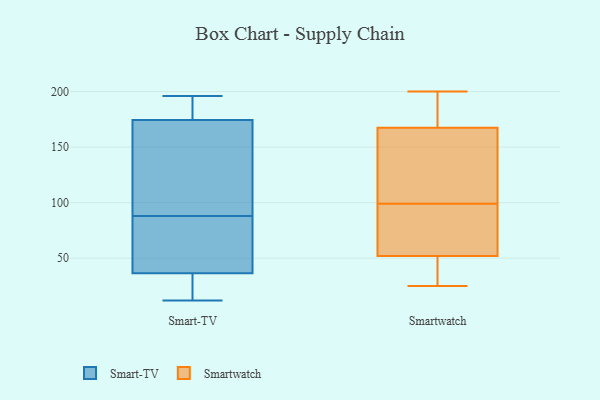
{"axis": {"x": "LTV (USD)", "y": "Value"}, "legend": ["Smart-TV", "Smartwatch"], "data": [{"x": "", "y": 182, "type": "Smart-TV"}, {"x": "", "y": 118, "type": "Smart-TV"}, {"x": "", "y": 45, "type": "Smart-TV"}, {"x": "", "y": 87, "type": "Smart-TV"}, {"x": "", "y": 167, "type": "Smart-TV"}, {"x": "", "y": 190, "type": "Smart-TV"}, {"x": "", "y": 196, "type": "Smart-TV"}, {"x": "", "y": 56, "type": "Smart-TV"}, {"x": "", "y": 182, "type": "Smart-TV"}, {"x": "", "y": 15, "type": "Smart-TV"}, {"x": "", "y": 28, "type": "Smart-TV"}, {"x": "", "y": 24, "type": "Smart-TV"}, {"x": "", "y": 146, "type": "Smart-TV"}, {"x": "", "y": 58, "type": "Smart-TV"}, {"x": "", "y": 89, "type": "Smart-TV"}, {"x": "", "y": 12, "type": "Smart-TV"}, {"x": "", "y": 179, "type": "Smartwatch"}, {"x": "", "y": 156, "type": "Smartwatch"}, {"x": "", "y": 170, "type": "Smartwatch"}, {"x": "", "y": 200, "type": "Smartwatch"}, {"x": "", "y": 125, "type": "Smartwatch"}, {"x": "", "y": 51, "type": "Smartwatch"}, {"x": "", "y": 99, "type": "Smartwatch"}, {"x": "", "y": 80, "type": "Smartwatch"}, {"x": "", "y": 32, "type": "Smartwatch"}, {"x": "", "y": 200, "type": "Smartwatch"}, {"x": "", "y": 160, "type": "Smartwatch"}, {"x": "", "y": 97, "type": "Smartwatch"}, {"x": "", "y": 45, "type": "Smartwatch"}, {"x": "", "y": 55, "type": "Smartwatch"}, {"x": "", "y": 25, "type": "Smartwatch"}, {"x": "", "y": 194, "type": "Smartwatch"}, {"x": "", "y": 49, "type": "Smartwatch"}, {"x": "", "y": 90, "type": "Smartwatch"}, {"x": "", "y": 105, "type": "Smartwatch"}]}